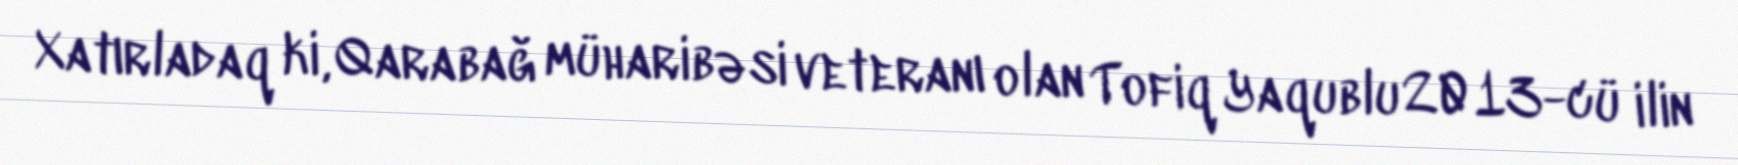
Xatırladaq ki, Qarabağ müharibəsi veteranı olan Tofiq Yaqublu 2013-cü ilin